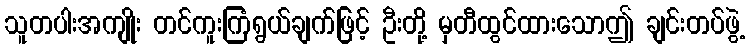
သူတပါးအကျိုး တင်ကူးကြံရွယ်ချက်ဖြင့် ဦးတို့ မှတီထွင်ထားသောဤ ချင်းတပ်ဖွဲ့